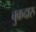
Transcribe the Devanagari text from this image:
चुक्रदारु